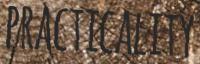
PRACTICALITY